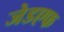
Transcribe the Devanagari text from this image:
जेडएफ